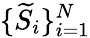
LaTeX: \{ \widetilde{S}_{i}\} _{i=1}^{N}